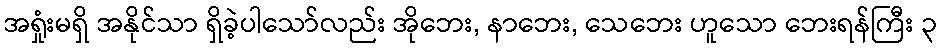
အရှုံးမရှိ အနိုင်သာ ရှိခဲ့ပါသော်လည်း အိုဘေး, နာဘေး, သေဘေး ဟူသော ဘေးရန်ကြီး ၃